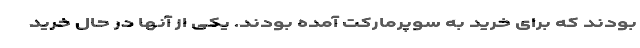
بودند که برای خرید به سوپرمارکت آمده بودند. یکی از آنها در حال خرید